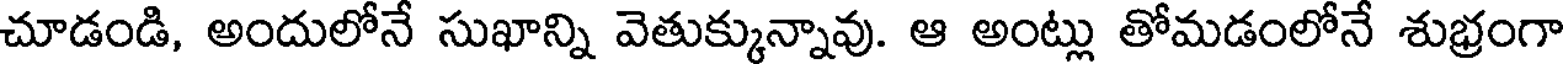
చూడండి, అందులోనే సుఖాన్ని వెతుక్కున్నావు. ఆ అంట్లు తోమడంలోనే శుభ్రంగా